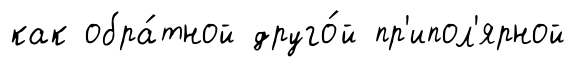
как обра́тной друго́й пр'ипол'ярной